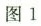
图1